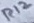
Text: R12